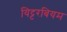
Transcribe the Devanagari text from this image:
यिट्टरबियम